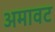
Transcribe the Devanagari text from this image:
अमावट